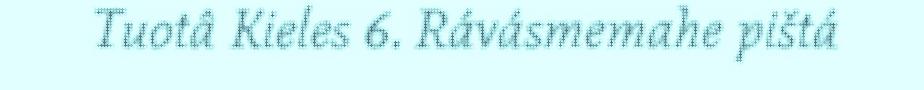
Tuotâ Kieles 6. Rávásmemahe pištá